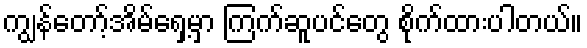
ကျွန်တော့်အိမ်ရှေ့မှာ ကြက်ဆူပင်တွေ စိုက်ထားပါတယ်။